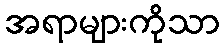
အရာများကိုသာ